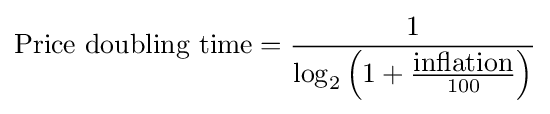
{\hbox{Price doubling time}}={\frac {1}{\log _{2}\left(1+{\frac {\hbox{inflation}}{100}}\right)}}